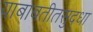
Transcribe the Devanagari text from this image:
याबाबतीतसुद्‌धा